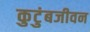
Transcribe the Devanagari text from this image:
कुटुंबजीवन